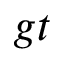
g t